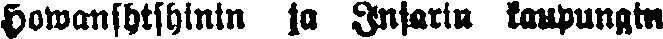
Howanshtshinin ja Insarin kaupungin